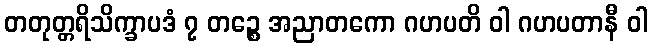
တတုတ္တရိသိက္ခာပဒံ ၇ တဉ္စေ အညာတကော ဂဟပတိ ဝါ ဂဟပတာနီ ဝါ